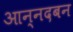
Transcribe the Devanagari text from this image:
आन्नदबन